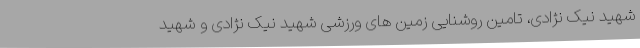
شهید نیک نژادی، تامین روشنایی زمین های ورزشی شهید نیک نژادی و شهید